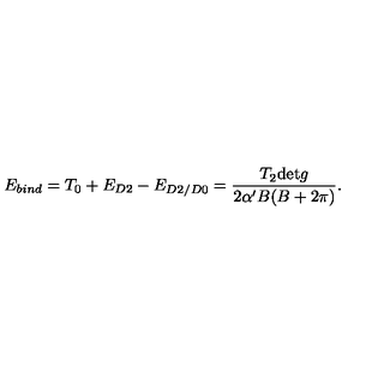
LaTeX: E _ { b i n d } = T _ { 0 } + E _ { D 2 } - E _ { D 2 / D 0 } = \frac { T _ { 2 } \mathrm { d e t } g } { 2 \alpha ^ { \prime } B ( B + 2 \pi ) } .